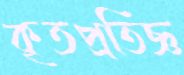
কৃতপ্রতিজ্ঞ